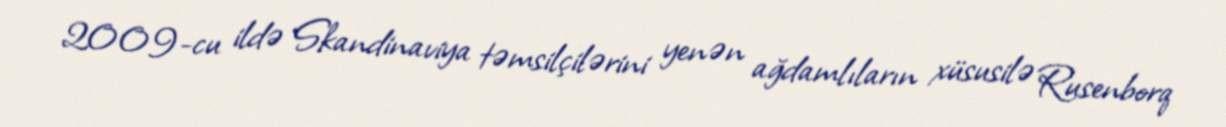
2009-cu ildə Skandinaviya təmsilçilərini yenən ağdamlıların xüsusilə Rusenborq